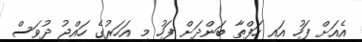
އެއަށް ފަހު އައި ހަފްތާ ބަންދަށް ފަހު މި އަހަރުގެ ހައްޖު ދުވަސް